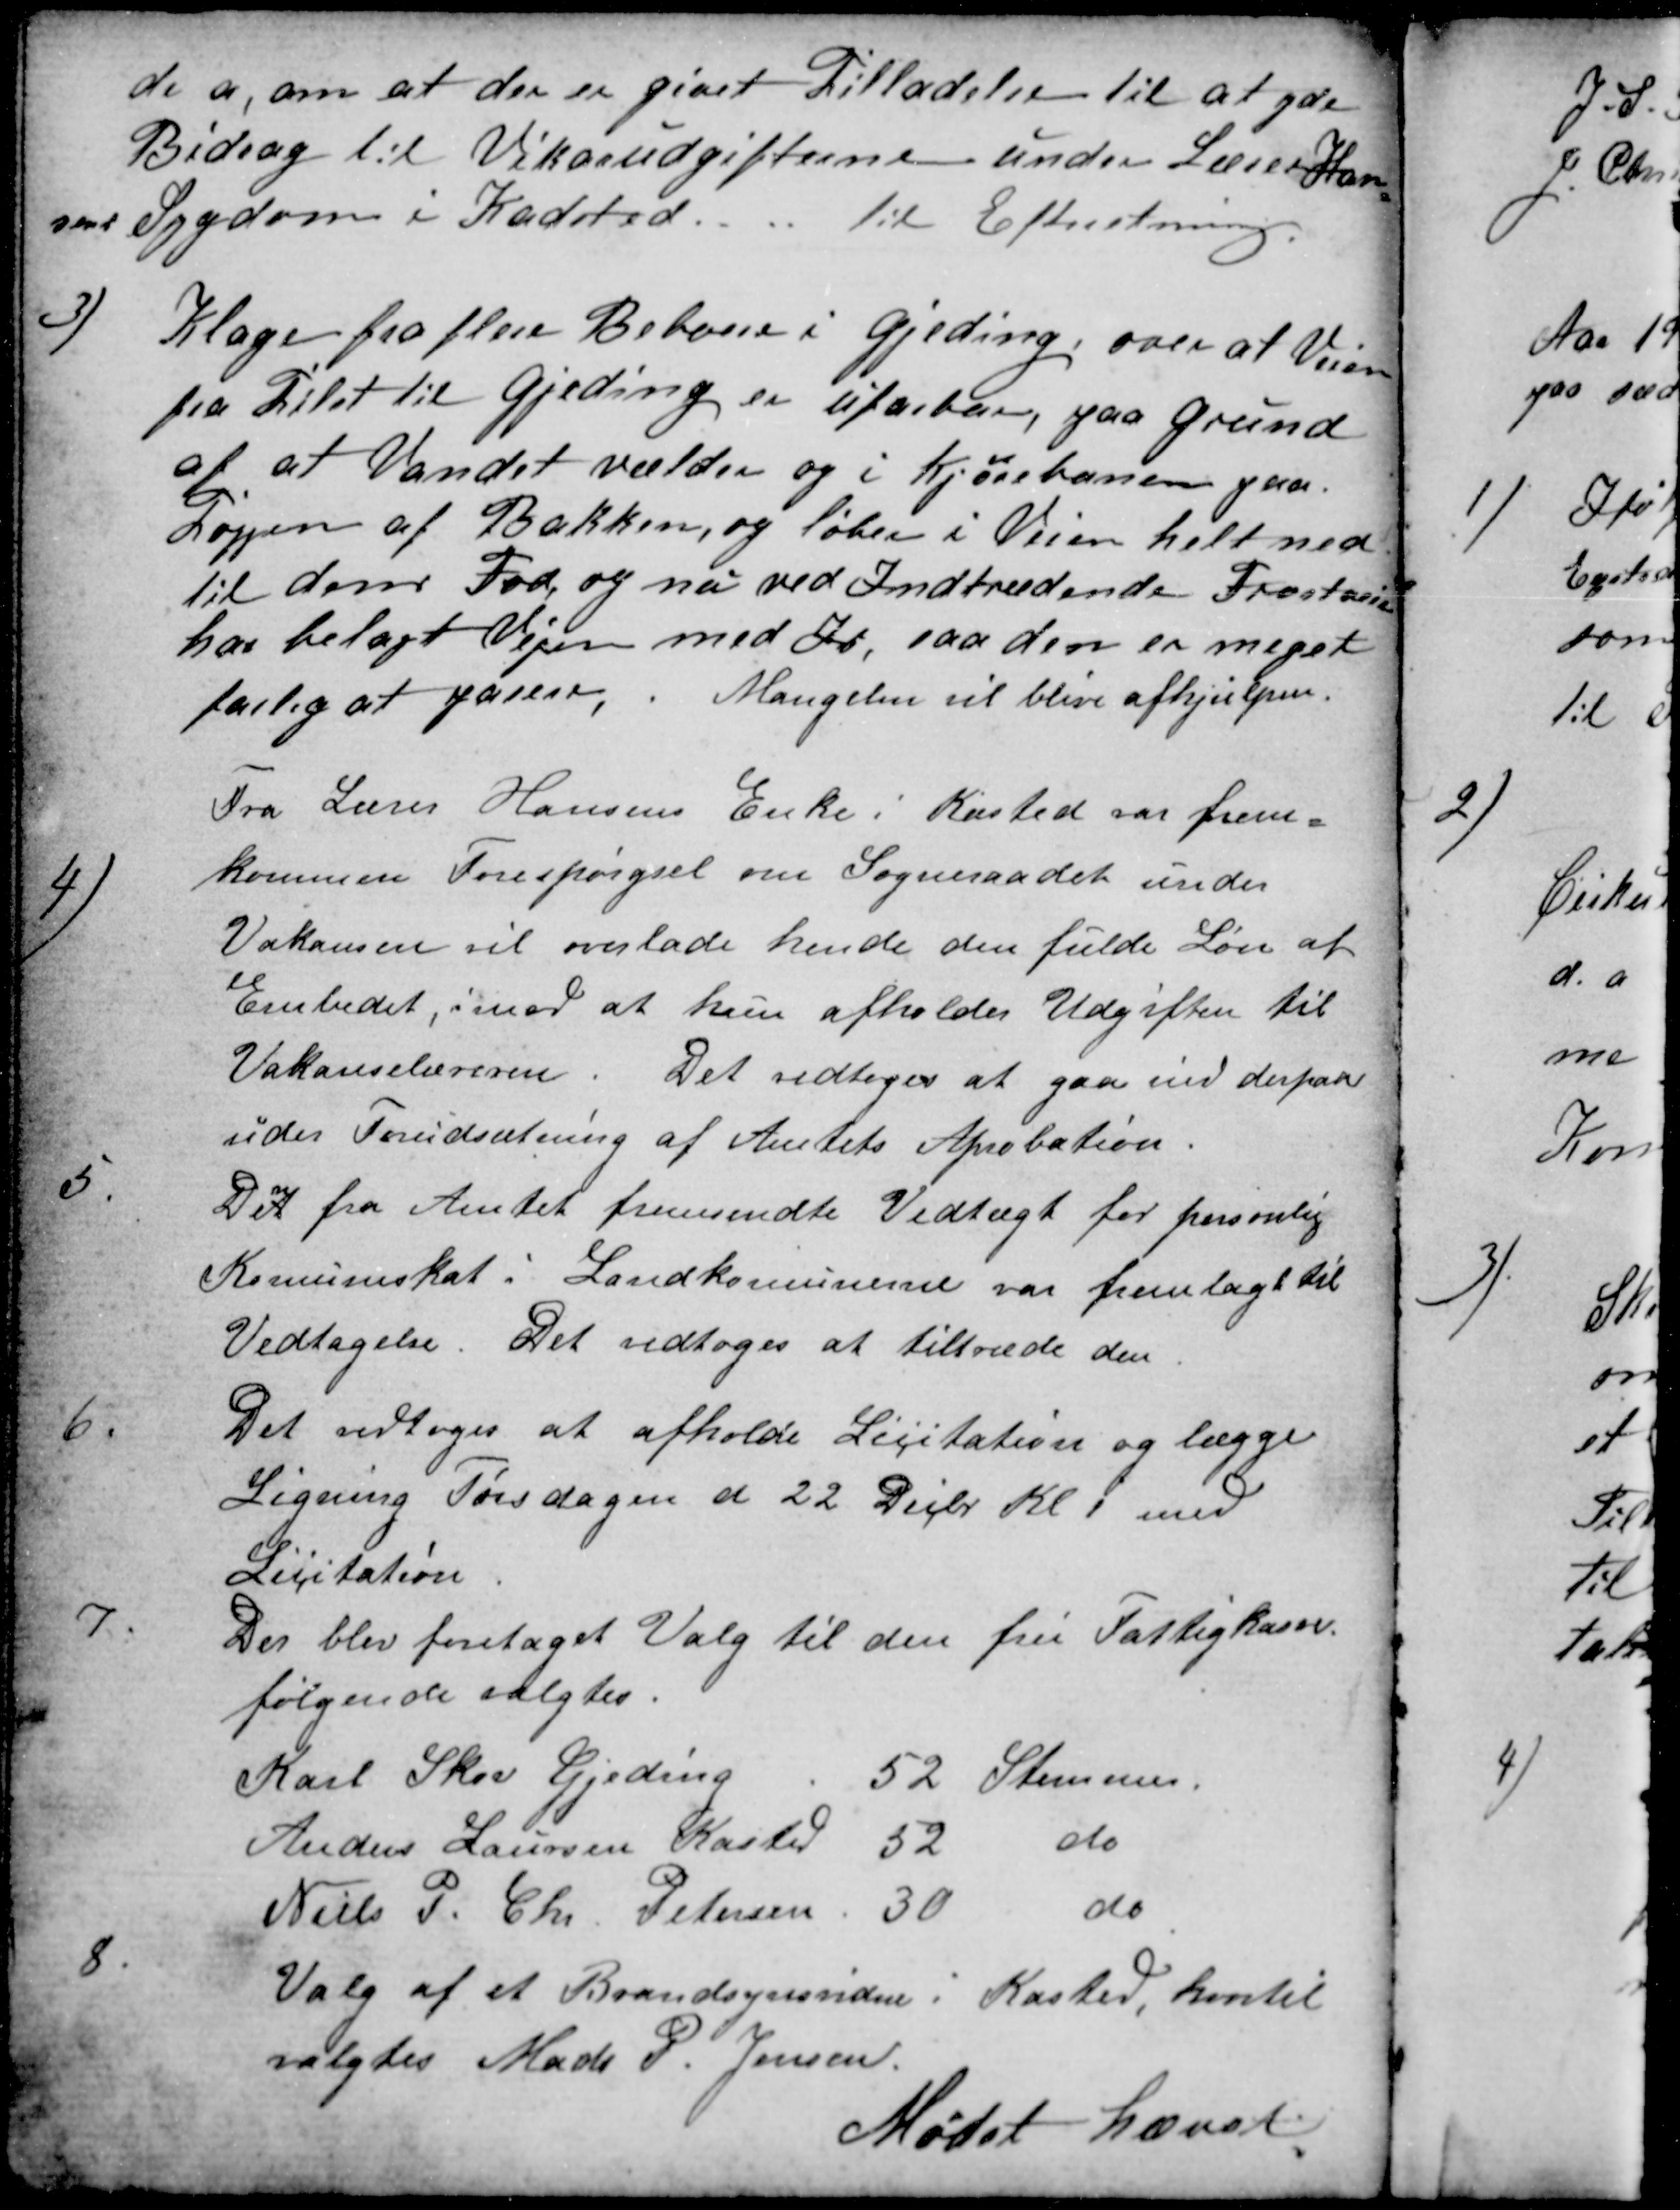
Transskription:
de a, om at der er givet Tilladelse til at yde
Bidrag til Vikarudgifterne under Lærer Han
sens Sygdom i Kadsted. Til Efterretning.
3)
Klage fra flere Beboere i Gjeding, over at Veien
fra Tilst til Gjeding er ufarbar, paa Grund
af at Vandet vælder og i Kjørebanen paa
Toppen af Bakken, og løber i Veien helt ned
til dens Fod, og når ved Indtrædende Frostveir
har belagt Vejen med Is, saa den er meget
farlig at pasere, . Mangelen vil blive afhjulpen.
4
Fra Lærer Hansens Enke i Kasted var frem-
kommen Forespørgsel om Sogneraadet under
Vakansen vil overlade hende den fulde Løn af
Embedet, imod at hun afholder Udgiften til
Vakanselæreren. Det vedtoges at gaa ind derpaa
uder Forudsætning af Amtets Aprobation.
5.
Detn fra Amtet fremsendte Vedtægt for personlig
Komuneskat i Landkomunerne var fremlagt til
Vedtagelse. Det vedtoges at tiltræde den
6
Det vedtoges at afholde Licitation og lægge
Ligning Tirsdagen d 22 Decbr. Kl 1 med
Licitation
7
Der blev foretaget Valg til den frie Fattigkasse.
følgende valgtes.
Karl Skov Gjeding
52 Stemmer.
Anders Laursen Kasted
52
do
Niels P. Chr. Petersen
30
do
8
Valg af et Brandsynsvidne i Kasted, hvortil
valgtes Mads P. Jensen
Mødet hævet